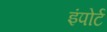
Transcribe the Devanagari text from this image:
इंपोर्ट